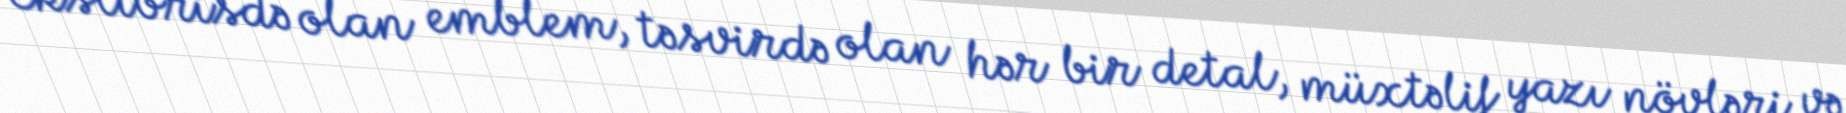
Ekslibrisdə olan emblem, təsvirdə olan hər bir detal, müxtəlif yazı növləri və